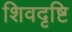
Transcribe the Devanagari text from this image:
शिवदृष्टि